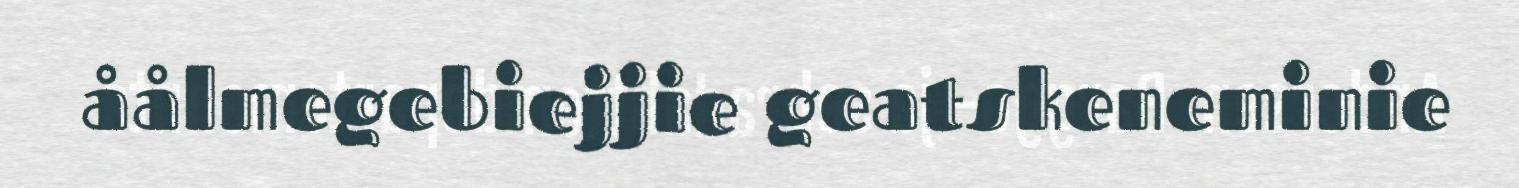
åålmegebiejjie geatskeneminie